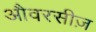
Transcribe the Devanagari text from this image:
औवरसीज़